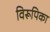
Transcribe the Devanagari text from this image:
विरूपिका